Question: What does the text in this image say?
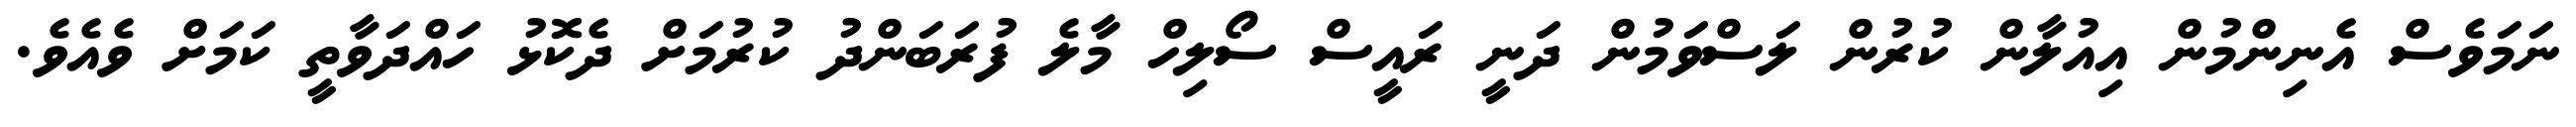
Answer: ނަމަވެސް އެނިންމުން އިއުލާން ކުރުން ލަސްވަމުން ދަނީ ރައީސް ސޯލިހް މާލެ ފުރަބަންދު ކުރުމަށް ދެކޮޅު ހައްދަވާތީ ކަމަށް ވެއެވެ.